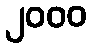
၂၀၀၀